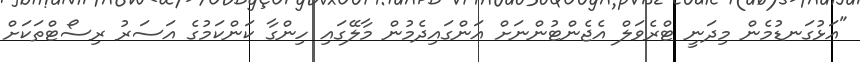
"އަޅުގަނޑުމެން މިދަނީ ޓްރެވަލް އެޖެންޓުންނަށް އަންގައިދެމުން މާލޭގައި ހިންގާ ކަންކަމުގެ އަސަރު ރިސޯޓްތަކަށް